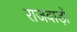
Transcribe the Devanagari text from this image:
राजवाड़ों